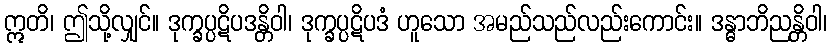
ဣတိ၊ ဤသို့လျှင်။ ဒုက္ခပ္ပဋိပဒန္တိဝါ၊ ဒုက္ခပ္ပဋိပဒံ ဟူသော အမည်သည်လည်းကောင်း။ ဒန္ဓာဘိညန္တိဝါ၊